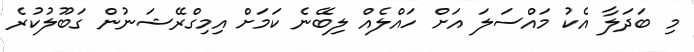
މި ބަދަލާ އެކު މައްސަލަ އަށް ހައްލެއް ލިބޭނެ ކަމަށް އިމިގްރޭޝަނުން ގަބޫލުކުރެ